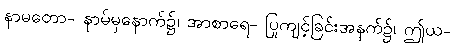
နာမတော- နာမ်မှနောက်၌၊ အာစာရေ- ပြုကျင့်ခြင်းအနက်၌၊ ဤယ-